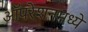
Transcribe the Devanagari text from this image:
ऑपरेशनमध्ये